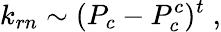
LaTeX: k_{rn}\sim(P_{c}-P_{c}^{c})^{t}\; ,